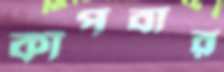
কাঁপবার